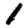
Digit: 1